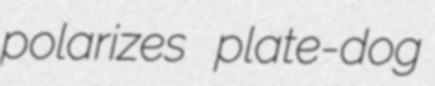
polarizes plate-dog